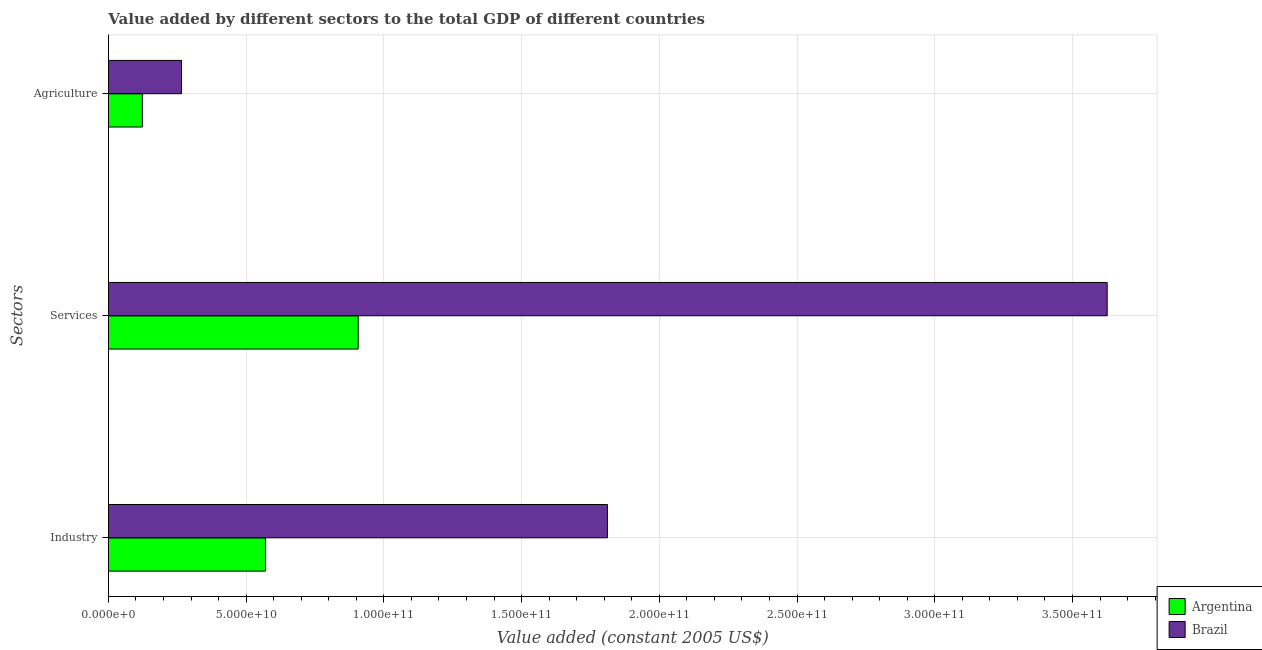
| Sectors | Argentina | Brazil |
 | --- | --- | --- |
 | Industry | 5.7e+10 | 1.81e+11 |
 | Services | 9.07e+10 | 3.63e+11 |
 | Agriculture | 1.23e+10 | 2.65e+10 |